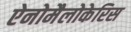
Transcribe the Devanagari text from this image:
ऐनोमैलोकेरिस